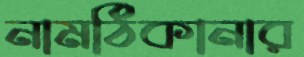
নামঠিকানার